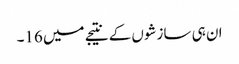
ان ہی سازشوں کے نتیجے میں 16۔